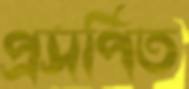
প্রসর্পিত